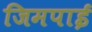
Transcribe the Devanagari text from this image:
जिमपाई